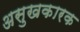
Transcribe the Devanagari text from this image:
असुखकारक